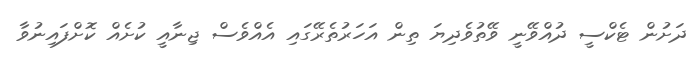
ދަށުން ޓެކްސީ ދުއްވޭނީ ވޭތުވެދިޔަ ތިން އަހަރުތެރޭގައި އެއްވެސް ޖިނާއީ ކުށެއް ކޮށްފައިނުވާ